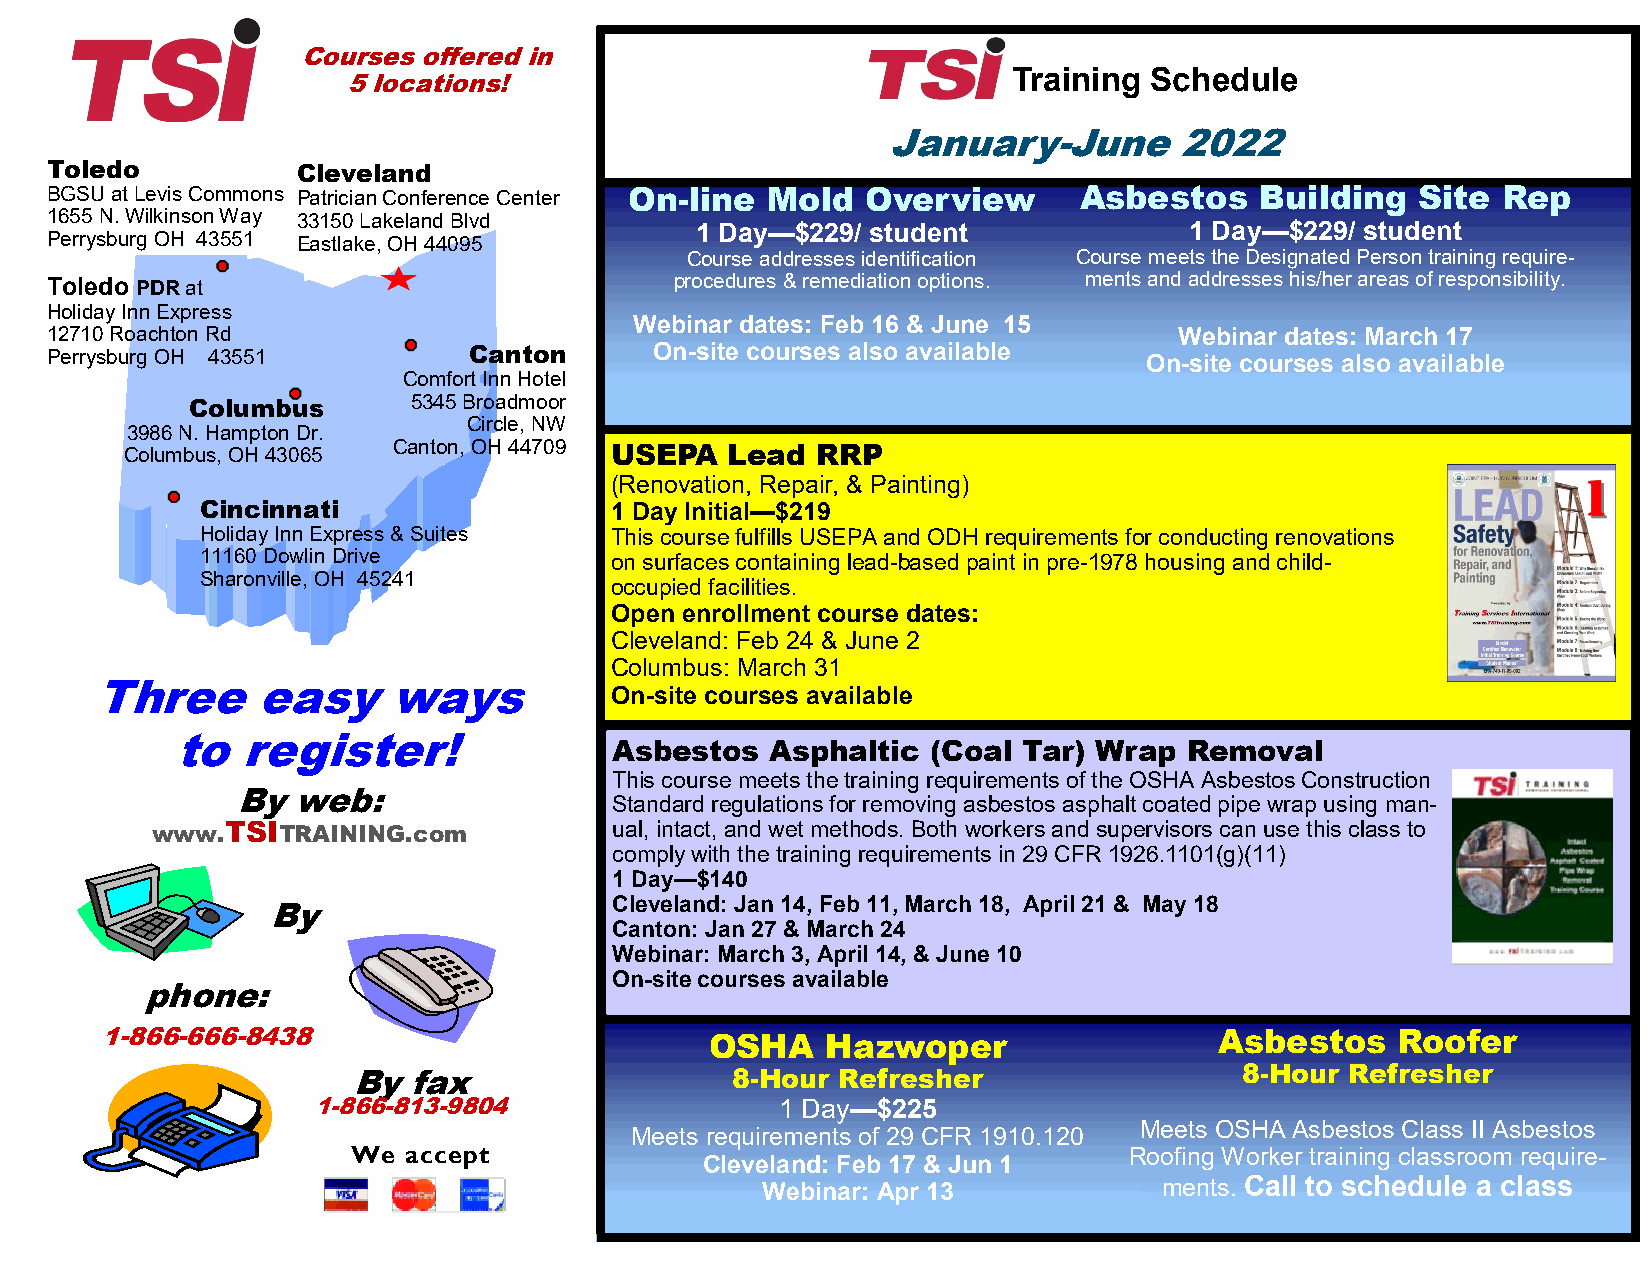
TSI
 Courses offered in
 5 locations!
 Trainin g Schedule
 January-June       2022
 Toledo           Cleveland
 BGSU at Levis Commons Patrician Conference Center On-line Mold Overview As bestos Building Site Rep
 1655 N. Wilkinson Way 33150 Lakeland Blvd
 1 Day—$229/ student              1 Day—$229/ student
 Perrysburg OH 43551 Eastlake, OH 44095
 Course addresses identification Course meets the Designated Person training require-
 Toledo PDR at                             procedures & remediation options. ments and addresses his/her areas of responsibility.
 Holiday Inn Express
 Webinar dates: Feb 16 & June 15
 12710 Roachton Rd                                                          Webinar dates: March 17
 Perrysburg OH 43551         Canton      On-site courses also available   On-site courses also available
 Comfort Inn Hotel
 Columbus      5345 Broadmoor
 Circle, NW
 3986 N. Hampton Dr.
 Columbus, OH 43065 Canton, OH 44709 USEPA Lead RRP
 (Renovation, Repair, & Painting)
 Cincinnati                 1 Day Initial—$219
 Holiday Inn Express & Suites This course fulfills USEPA and ODH requirements for conducting renovations
 11160 Dowlin Drive         on surfaces containing lead-based paint in pre-1978 housing and child-
 Sharonville, OH 45241
 occupied facilities.
 Open enrollment course dates:
 Cleveland: Feb 24 & June 2
 Columbus: March 31
 Three      easy     ways
 On-site courses available
 to  register!
 Asbestos  Asphaltic  (Coal Tar) Wrap  Removal
 This course meets the training requirements of the OSHA Asbestos Construction
 By web:
 Standard regulations for removing asbestos asphalt coated pipe wrap using man-
 www.TSITRAINING.com            ual, intact, and wet methods. Both workers and supervisors can use this class to
 comply with the training requirements in 29 CFR 1926.1101(g)(11)
 1 Day—$140
 Cleveland: Jan 14, Feb 11, March 18, April 21 & May 18
 By
 Canton: Jan 27 & March 24
 Webinar: March 3, April 14, & June 10
 On-site courses available
 phone:
 1-866-666-8438                          OSHA    Hazwoper                  Asbestos   Roofer
 By  fax                  8-Hour  Refresher                 8-Hour Refresher
 1-866-813-9804                 1 Day—$225
 Meets OSHA Asbestos Class II Asbestos
 Meets requirements of 29 CFR 1910.120
 We  accept                                          Roofing Worker training classroom require-
 Cleveland: Feb 17 & Jun 1
 Webinar: Apr 13            ments. Call to schedule a class